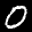
Label: 0